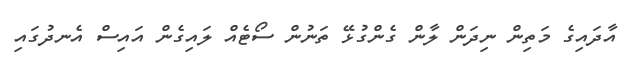
އާދައިގެ މަތިން ނިދަން ލާން ގެންގުޅޭ ތަނުން ސޯޓެއް ލައިގެން އައިސް އެނދުގައި